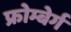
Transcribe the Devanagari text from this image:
फ्रोम्बेर्ग